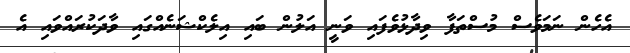
އެހެން ނަމަވެސް މުސްތަފާ ވިދާޅުވެފައި ވަނީ އަލުން ބައި އިލެކްޝަނެއްގައި ވާދަކުރައްވައި އެ